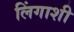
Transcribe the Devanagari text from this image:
लिंगाशी